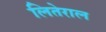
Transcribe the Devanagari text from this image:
लितेराल